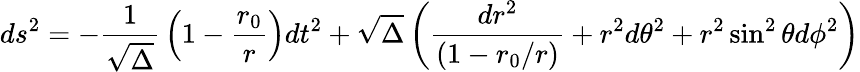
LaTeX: ds^{2}=-{\frac{1}{\sqrt\Delta}}\left(1-{\frac{r_{0}}{r}}\right)dt^{2}+\sqrt\Delta\left({\frac{dr^{2}}{(1-r_{0}/r)}}+r^{2}d\theta^{2}+r^{2}\sin^{2}\theta d\phi^{2}\right)